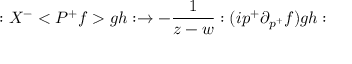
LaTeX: : X ^ { - } < P ^ { + } f > g h : \rightarrow - \frac 1 { z - w } : ( i p ^ { + } \partial _ { p ^ { + } } f ) g h :